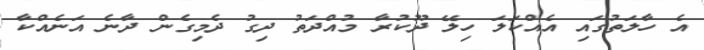
އެ ހާލަތުގައި އެއްކަލަ ހިލޭ ދޫކުރާ މުއްދަތު ދިގު ދެމިގެން ދާނެ އަނެއްކާ